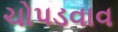
ચોપડવાવ